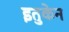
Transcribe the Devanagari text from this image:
इतुकेन